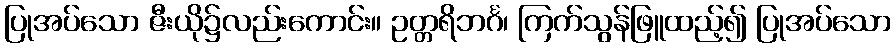
ပြုအပ်သော ဇီးယို၌လည်းကောင်း။ ဥတ္တရိဘင်္ဂ၊ ကြက်သွန်ဖြူထည့်၍ ပြုအပ်သော